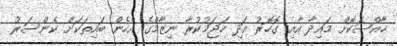
ޚާއްޞަކޮށް މައިދާ އާއި ގޮހޮރު އަދި ހަޖަމުކުރާ ނިޒާމްގެ އެހެން ބައިތަކަށް ކެންސަރު